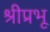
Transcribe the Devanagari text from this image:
श्रीप्रभू